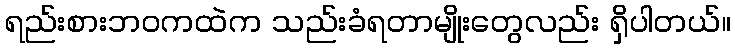
ရည်းစားဘဝကထဲက သည်းခံရတာမျိုးတွေလည်း ရှိပါတယ်။